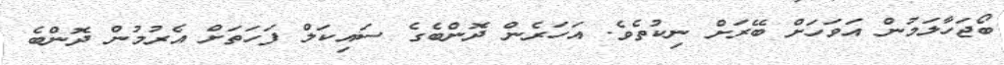
ބޯޖަހާލަމުން އަވަހަށް ބޭރަށް ނިކުތެވެ. އަހަރެން ދޮންބެގެ ސައިކަލް ފަހަތަށް އެރުމުން ދޮންބެ